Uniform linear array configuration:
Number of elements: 64
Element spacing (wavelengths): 0.25
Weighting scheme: uniform
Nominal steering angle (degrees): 15
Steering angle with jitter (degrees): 16.566
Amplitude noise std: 0.05
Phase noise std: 0.05

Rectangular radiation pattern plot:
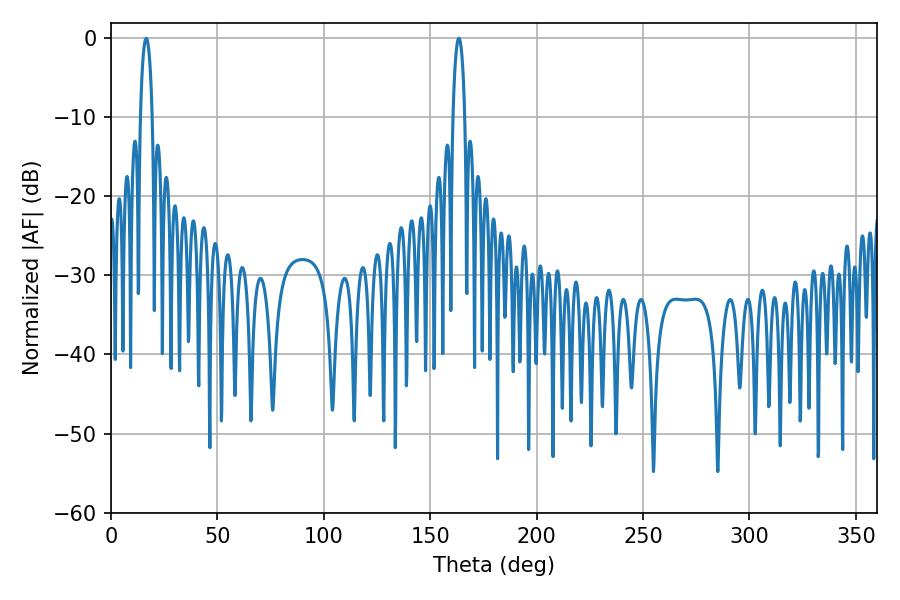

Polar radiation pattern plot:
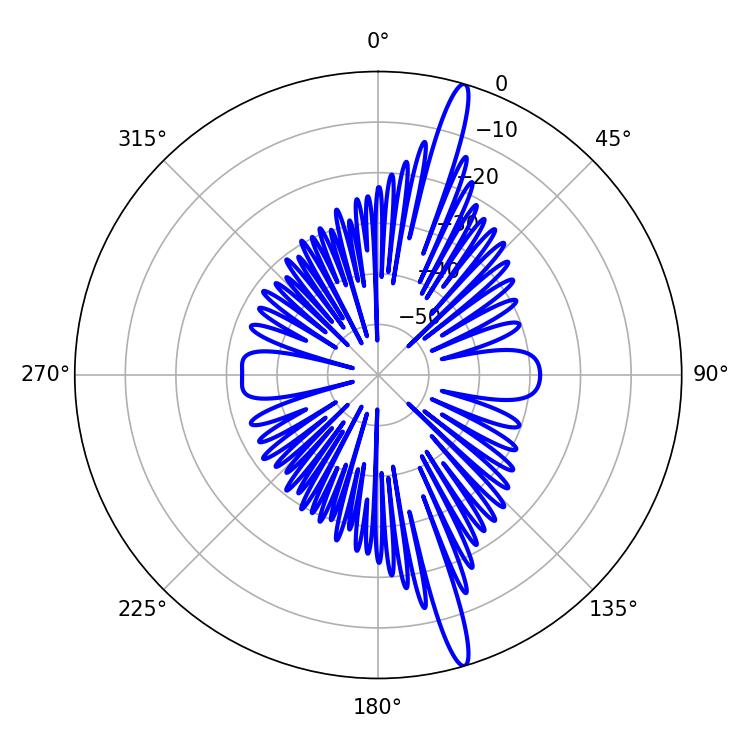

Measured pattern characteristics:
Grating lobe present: FALSE
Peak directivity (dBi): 17.29
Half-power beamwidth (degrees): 3.24
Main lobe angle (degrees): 16.56